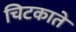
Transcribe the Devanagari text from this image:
चिटकाते